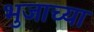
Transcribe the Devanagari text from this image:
भुजाच्या